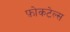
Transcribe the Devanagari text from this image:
फ़ोकटेल्स